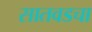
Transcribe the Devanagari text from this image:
सातवडचा